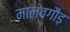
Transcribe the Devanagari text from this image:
मालवगौड़